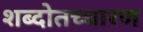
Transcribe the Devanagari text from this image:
शब्दोतच्चारण